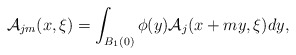
\begin{align*}\mathcal{A}_{jm}(x,\xi)= \int_{B_1(0)} \phi(y) \mathcal{A}_j(x+my, \xi) dy, \end{align*}